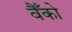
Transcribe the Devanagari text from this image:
वैँको